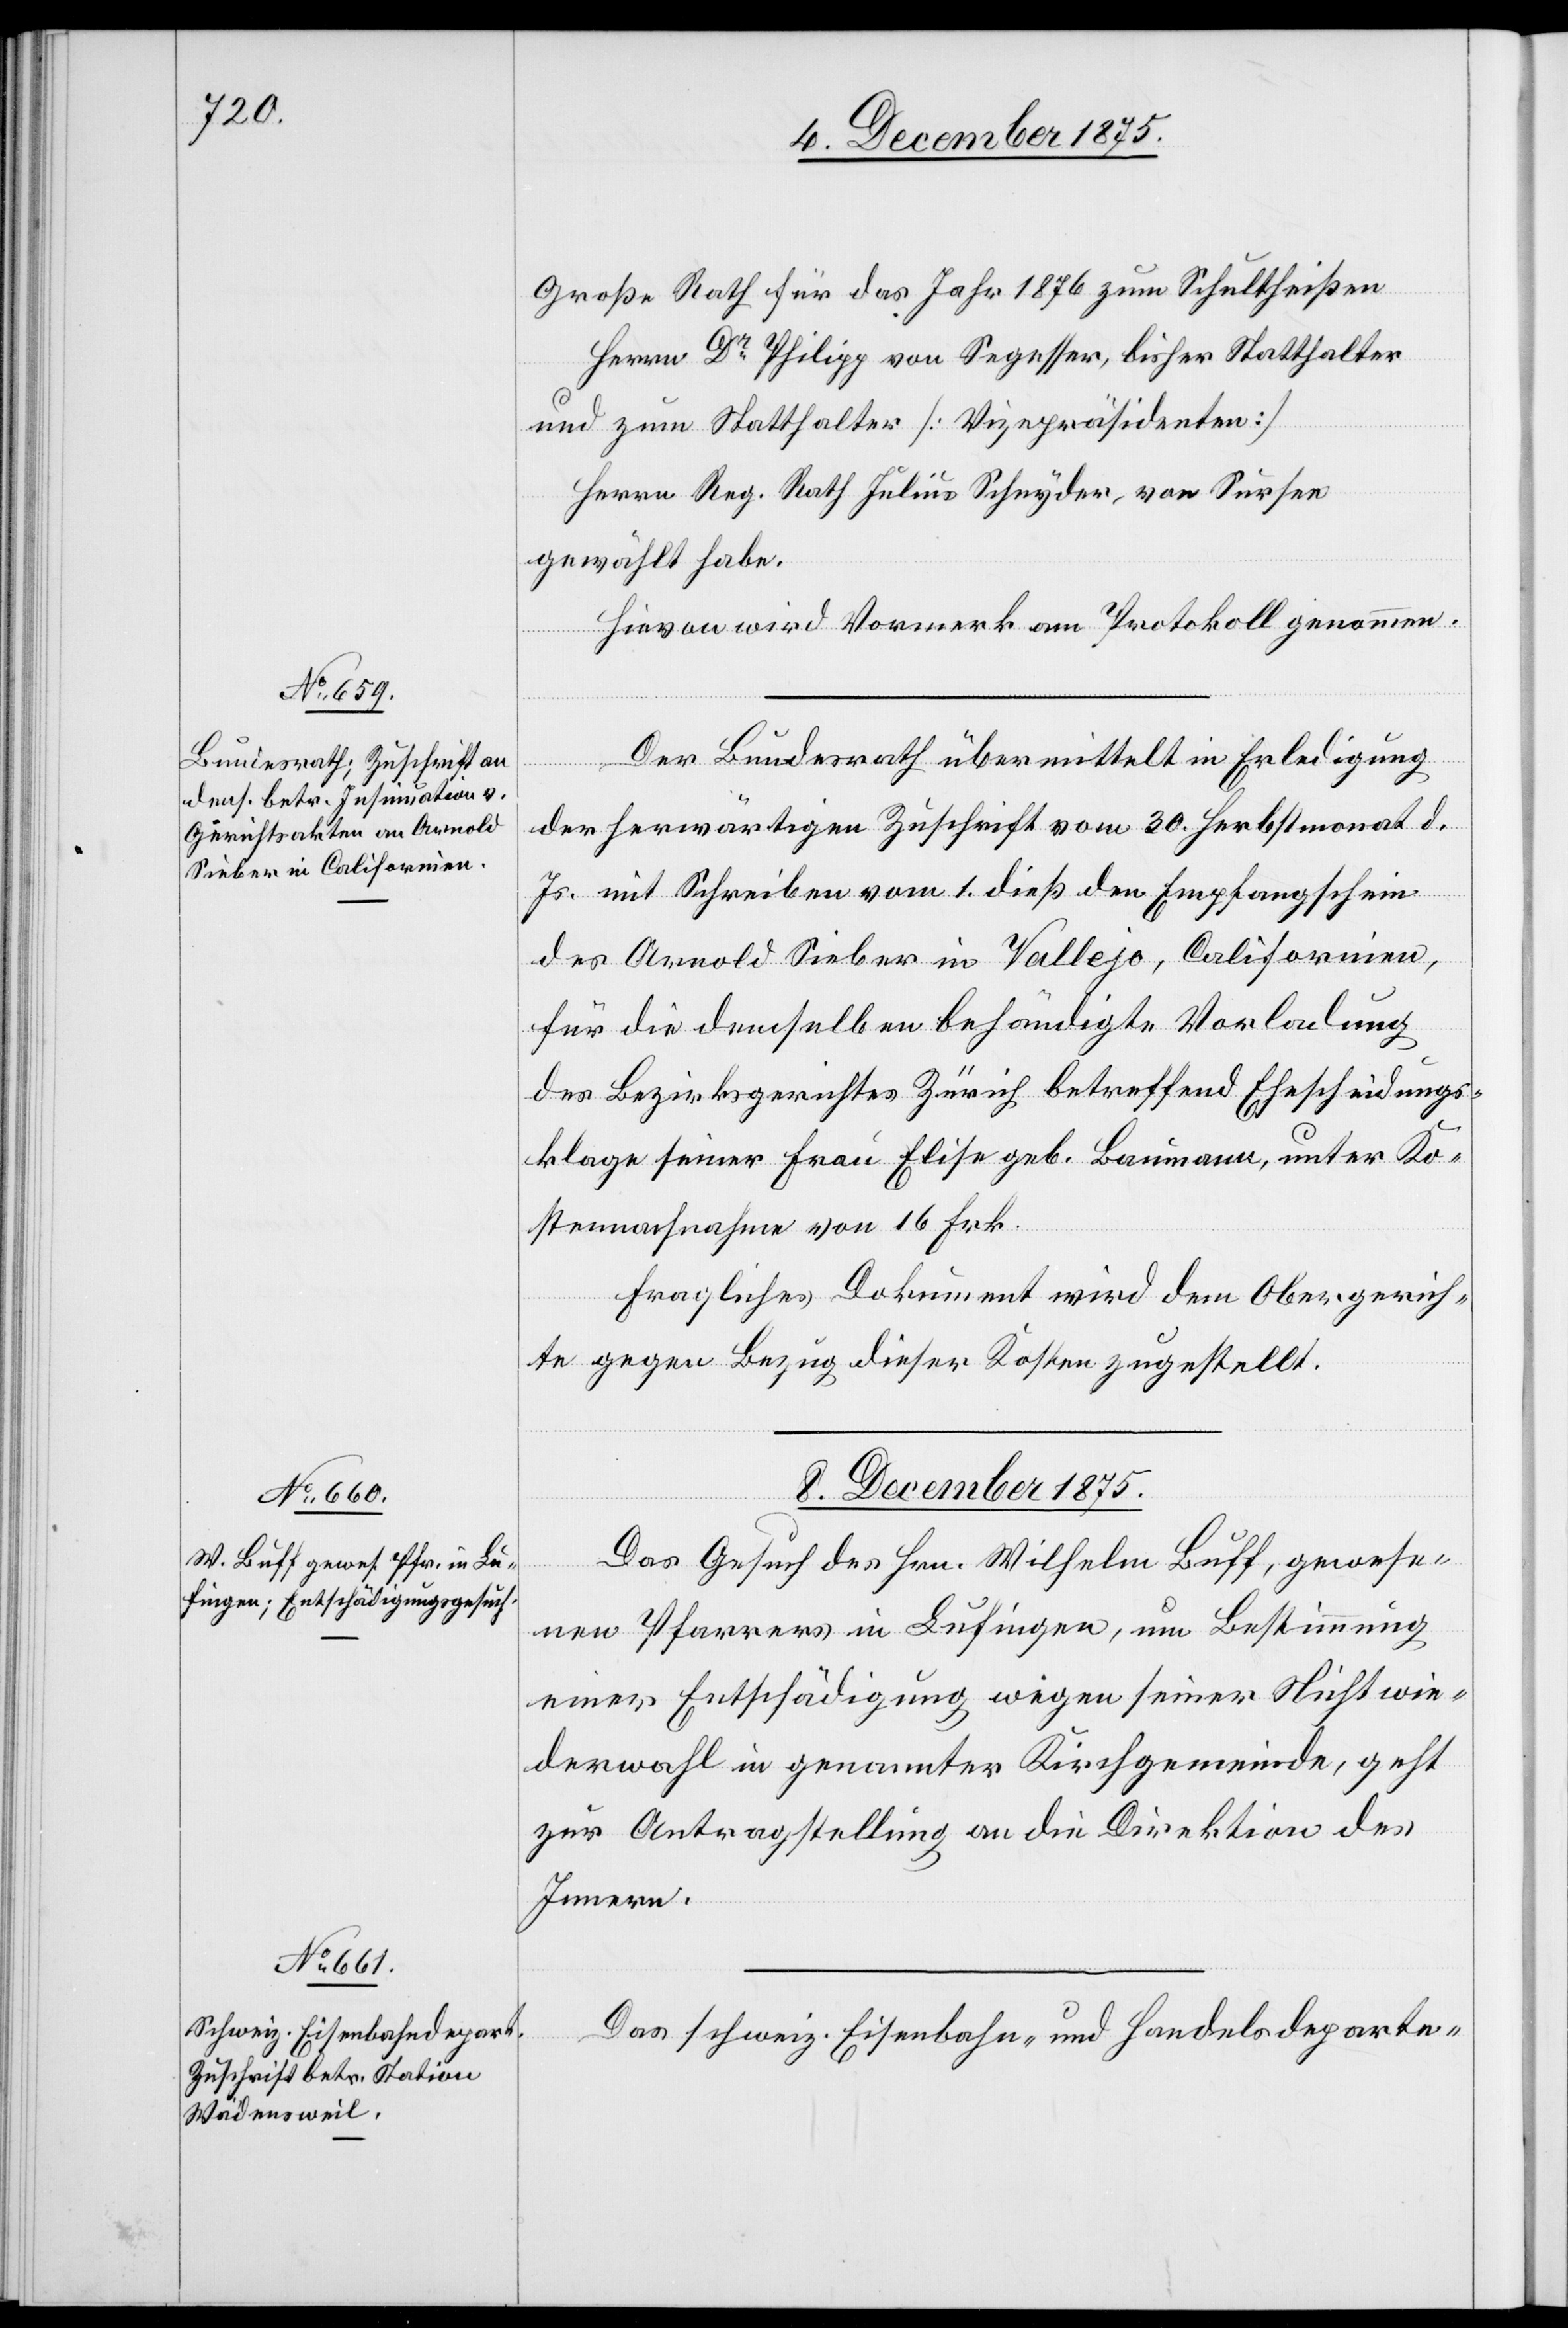
Große Rath für das Jahr 1876 zum Schultheißen
Herrn Dr Philipp von Segesser, bisher Statthalter
und zum Statthalter [Vizepräsidenten]
Herrn Reg. Rath Julius Schnyder, von Sursee
gewählt habe.
Hievon wird Vormerk am Protokoll genommen.
Der Bundesrath übermittelt in Erledigung
der herwärtigen Zuschrift vom 30. Herbstmonat d.
Js. mit Schreiben vom 1. dieß den Empfangschein
des Arnold Sieber in Vallejo, Californien,
für die demselben behändigte Vorladung
des Bezirksgerichtes Zürich betreffend Ehescheidungs¬
klage seiner Frau Elise geb. Baumann, unter Ko¬
stennachnahme von 16 Frk.
Fragliches Dokument wird dem Obergerich¬
te gegen Bezug dieser Kosten zugestellt.
8. December 1875.]
Das Gesuch des Hrn. Wilhelm Buff, gewese¬
nen Pfarrers in Lufingen, um Bestimmung
einer Entschädigung wegen seiner Nichtwie¬
derwahl in genannter Kirchgemeinde, geht
zur Antragstellung an die Direktion des
Innern.
Das schweiz. Eisenbahn- und Handelsdeparte-